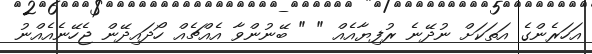
އަހަރެންގެ އަތަކަށް ނުދޭނެ ރުފިޔާއެއް " " ބޭނުންވާ އެއްޗެއް ހޯދައިދޭން ޖެހޭނެއެއްނު